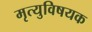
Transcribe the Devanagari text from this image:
मृत्युविषयक